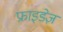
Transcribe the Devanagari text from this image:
फ्राइडेज़